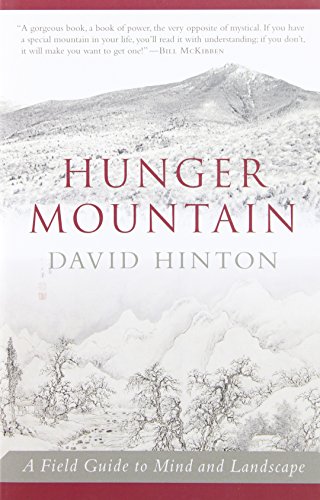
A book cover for Hunger Mountain: A Field Guide to Mind and Landscape; David Hinton; Science & Math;